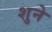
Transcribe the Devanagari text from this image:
शुने